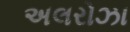
અલરોઝા